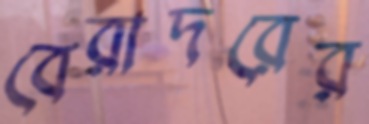
বেরাদরের